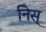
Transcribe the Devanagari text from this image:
निस्‌